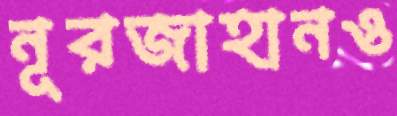
নূরজাহানও